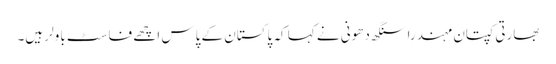
بھارتی کپتان مہندرا سنگھ دھونی نے کہا کہ پاکستان کے پاس اچھے فاسٹ باولر ہیں۔